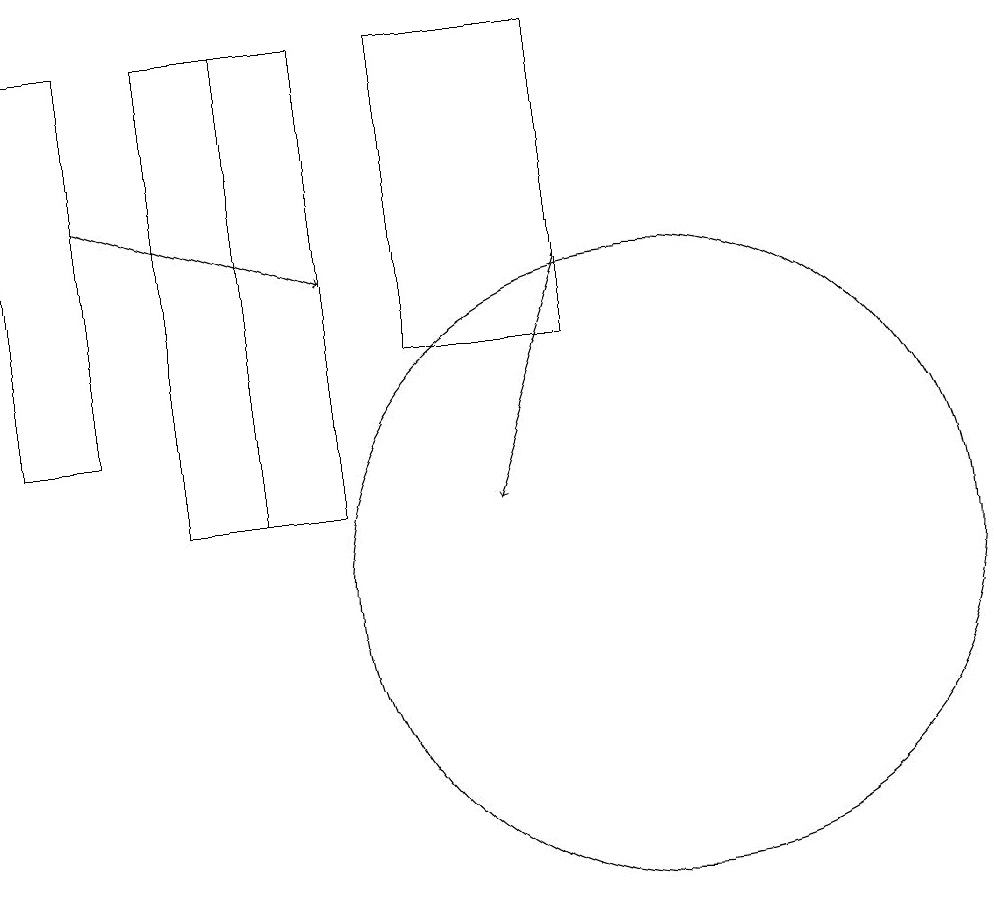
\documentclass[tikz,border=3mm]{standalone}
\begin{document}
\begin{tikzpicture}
\draw[->] (9,14) -- (8,11);
\draw (9,17) rectangle (7,13);
\draw (3,12) rectangle (2,17);
\draw (5,11) rectangle (6,17);
\draw (4,11) rectangle (6,17);
\draw[->] (3,15) -- (6,14);
\draw (10,10) circle (4);
\draw (10,10) circle (0);
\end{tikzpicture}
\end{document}